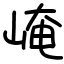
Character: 崦